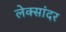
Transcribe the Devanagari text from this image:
लेक्सांदर